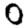
Digit: 0